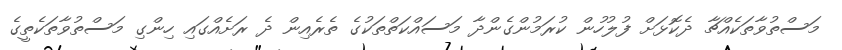
މަސްތުވާތަކެއްޗާ ދެކޮޅަށް ފުލުހުން ކުރަމުންގެންދާ މަސައްކަތްތަކުގެ ތެރެއިން ދެ ރަށެއްގައި ހިންގި މަސްތުވާތަކެތީގެ